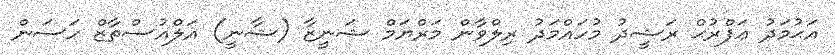
އަޙުމަދު ޢަފްރުޙް ރަޝީދު މުހައްމަދު ރިލްވާން މަރްޔަމް ޝަނީޒާ (ޝާނީ) އަލްއުސްތާޒް ހަސަން